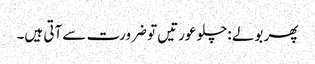
پھر بولے :چلو عورتیں تو ضرورت سے آتی ہیں۔